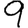
Digit: 9